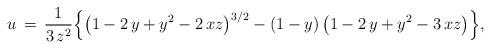
LaTeX: \begin{align*}u\,=\,\frac{1}{3\,z^2}\Big\{\big(1-2\,y+y^2-2\,xz\big)^{3/2}-(1-y)\,\big(1-2\,y+y^2-3\,xz\big)\Big\},\end{align*}